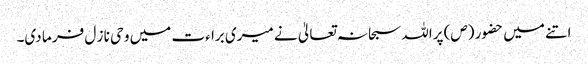
اتنے میں حضور (ص) پراللہ سبحا نہ تعالیٰ نے میری برا ءت میں و حی نا ز ل فر ما دی۔